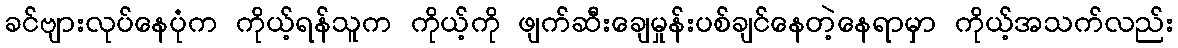
ခင်ဗျားလုပ်နေပုံက ကိုယ့်ရန်သူက ကိုယ့်ကို ဖျက်ဆီးချေမှုန်းပစ်ချင်နေတဲ့နေရာမှာ ကိုယ့်အသက်လည်း